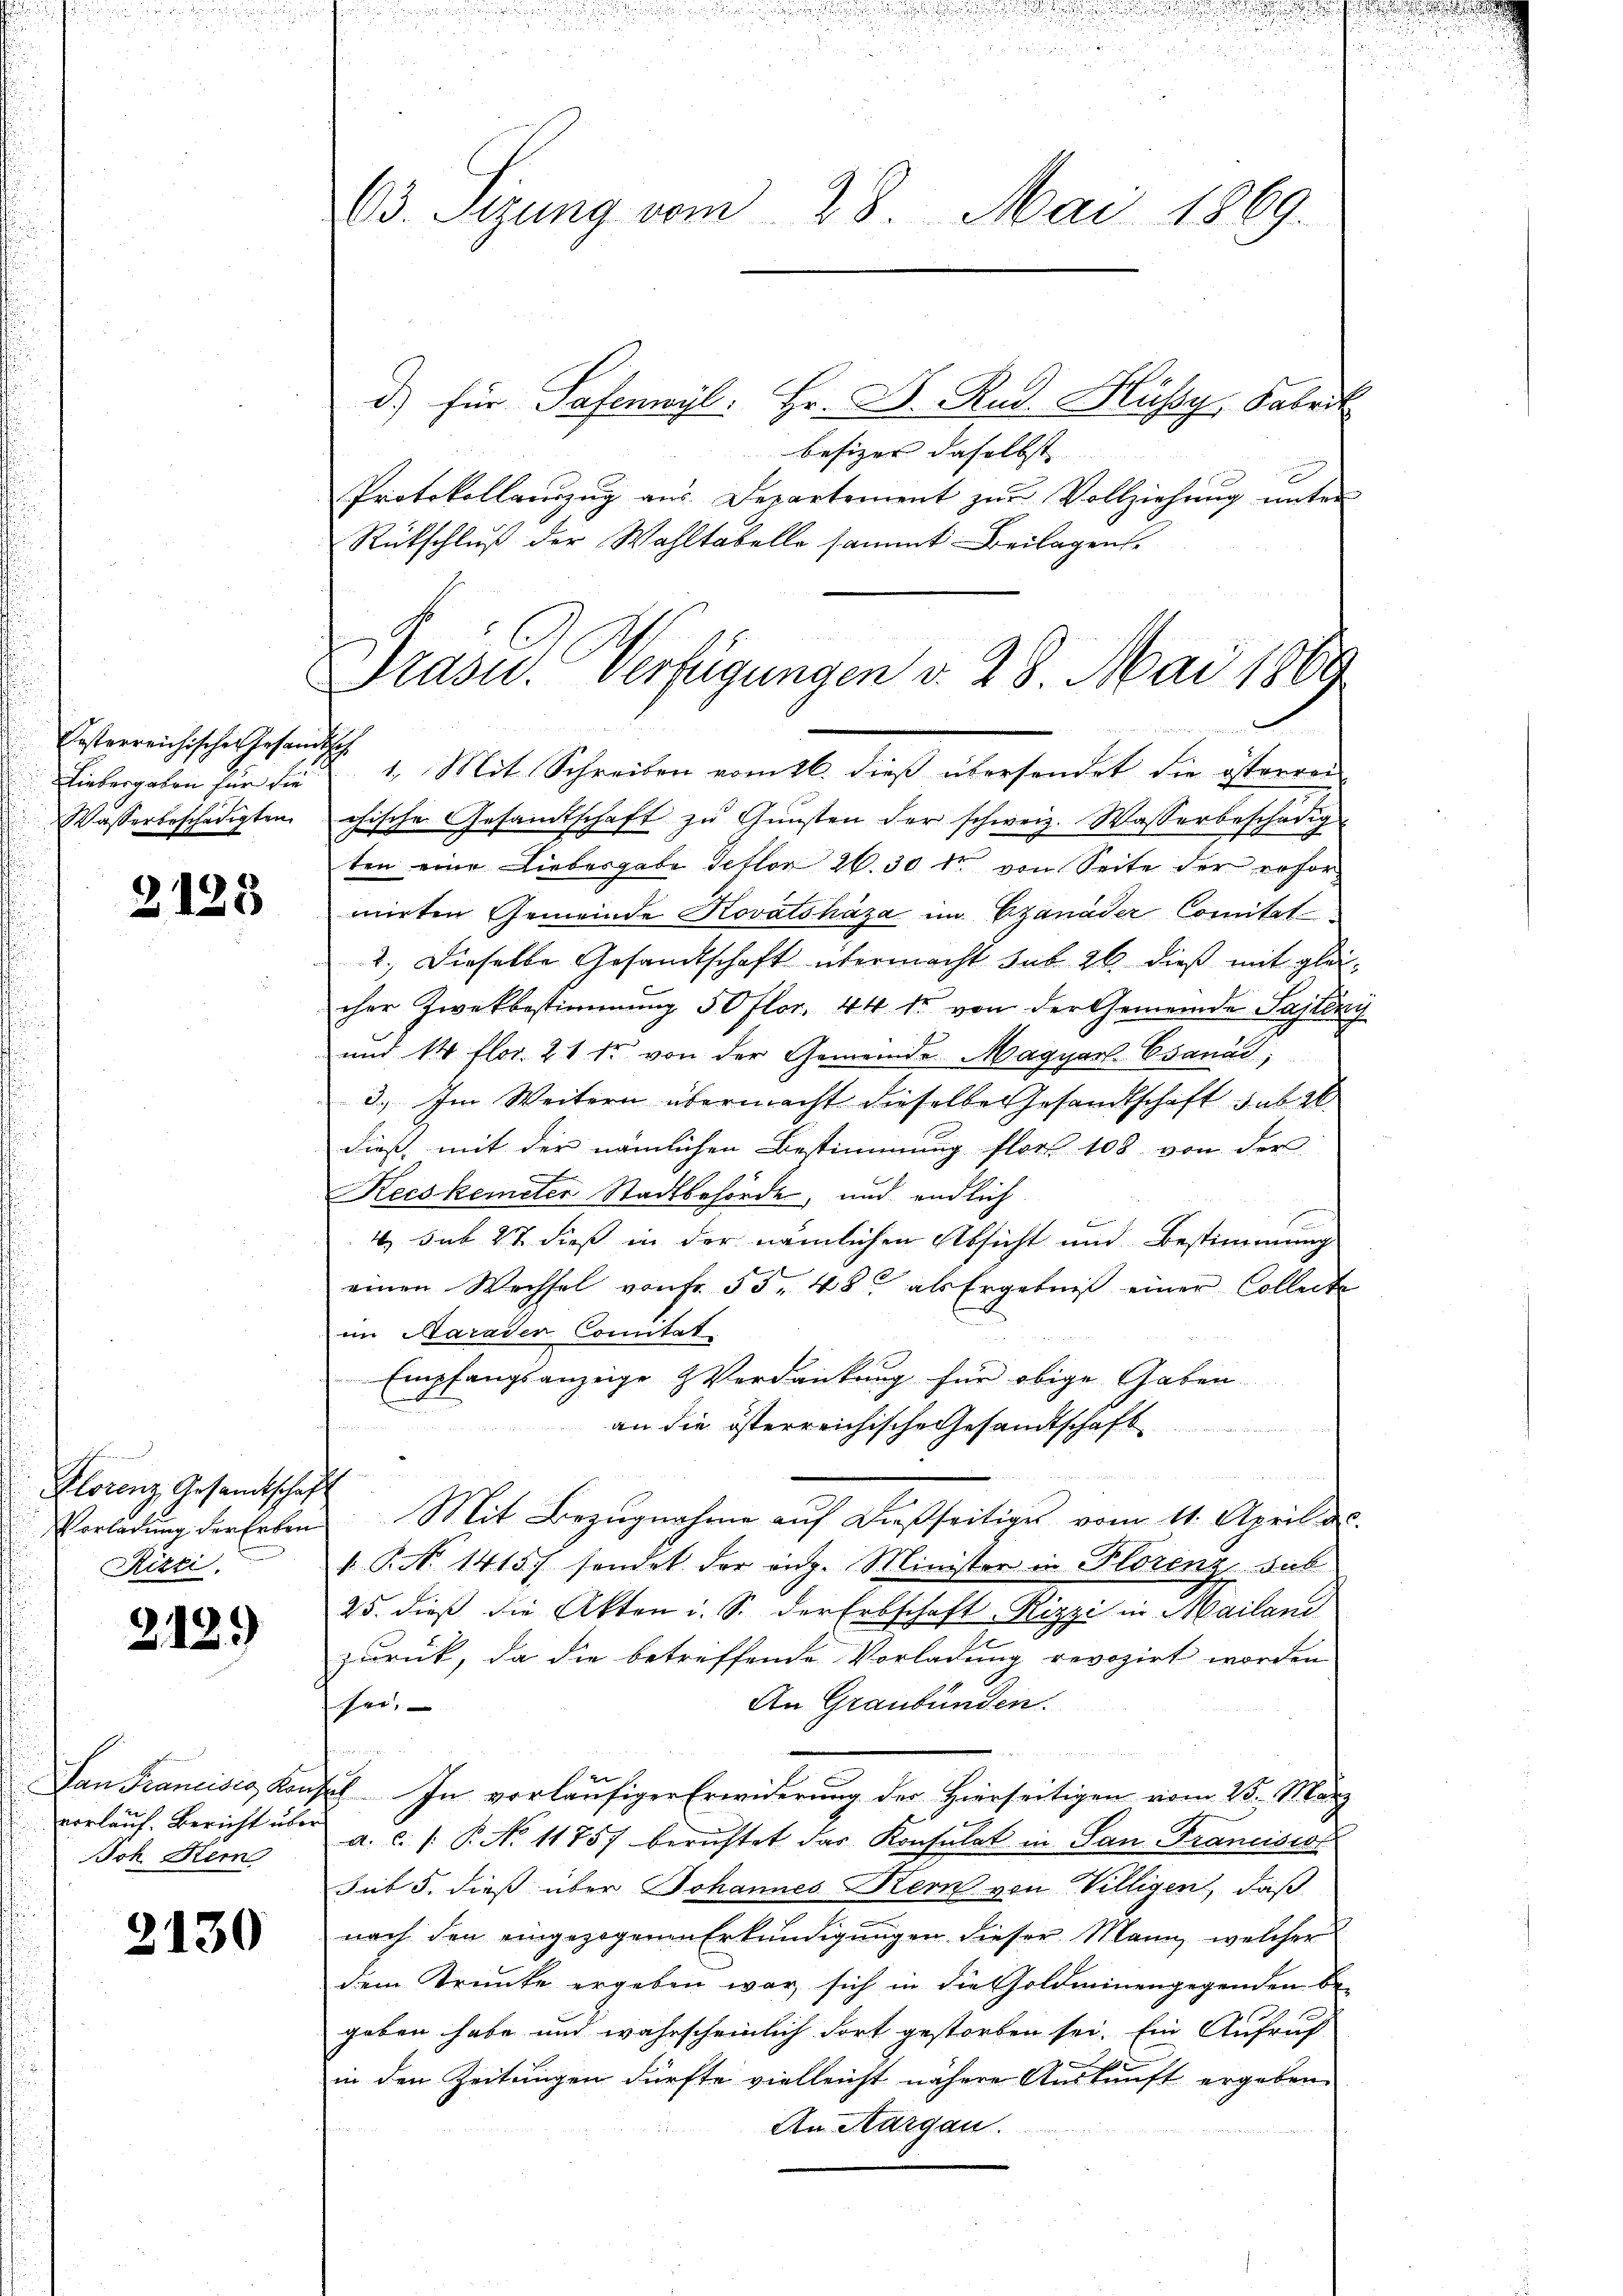
Posterreichisches Gesandtsch
Liebergaben für die
Wasserbeschädigten.

2125

Florenz, Gesandtschaft
Vorladung der Erben
Rizzi.

212.)

Dan Francisig Konvorlauf. Bericht über
Joh. Rem

2130

03. Sitzung vom 28. Mai 1869.

Präsid.. Verfügungen d. 28. Mai 1869
n Seiten
1. Mit Schreiben vom 16. dieß übersendet die österren

d.) für Patenwyl: Hr. D. Rud. Hussy, Fabrik
besizer daselbst |
Protokollauszug aus Departement zur Vollziehung unter
Rückschluß der Wahltabelle sammt Beilagen,
chische Gesandtschaft zu Gunsten der schweiz. Wasserbeschädig
ten eine Liebesgabe Detlon 26. 30 kr von Seite der refor
mirten Gemeinde Kovatsháza im Czanader Comitat
2.) Dieselbe Gesandtschaft übermacht sub 26 dieß mit gleicher Zwekbestimmung 50 flor. 44 f. von der Gemeinde Sajlény
und 14 flor. 21 Fr. von der Gemeinde MagyarlEsanus,
3. Im Weitern übermacht dieselbe Gesandtschaft sub 2
dies mit der nämlichen Bestimmung flor 108 von der
a
Kecskerndter Stadtbehörde, und endlich
i
4. sub ist dieß in der nämlichen Absicht und Bestimmung
einen Wechsel von Fr. 55. 48 als Ergebniβ einer Collecte
im Marader Comitat
Empfangsanzeige Verdankung für obige Gaben-
2 x
an die österreichische Gesandtschaft
Mit Bezugnahme auf dießseitiges vom 11. April a.
 P. Nr. 1415. sendet der eidg. Minister in Plorenz, Sub
25. dieß die Akten i. S. der Erbschaft Rizzi in Mailand
zurück, da die betreffende Vorladung revozirt worden
An Graubünden.
her,

Ich. In vorläufiger Erwiderung der Hierseitigen vom 23. März
a. c. /: P. No 11757 berichtet das Konsulat in San Franciscat
sub 5. dieß über Johannes Kern von Villigen, daß
nach den eingezogenen Erkundigungen dieser Mann, welcher
dem Trunke ergeben war, sich in die Goldeinengegenden begeben habe und wahrscheinlich dort gestorben sei. Ein Aufruf

in den Zeitungen dürfte vielleicht nähere Auskunft ergeben
e
An Aargau.